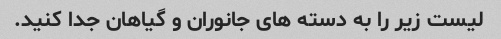
لیست زیر را به دسته های جانوران و گیاهان جدا کنید.